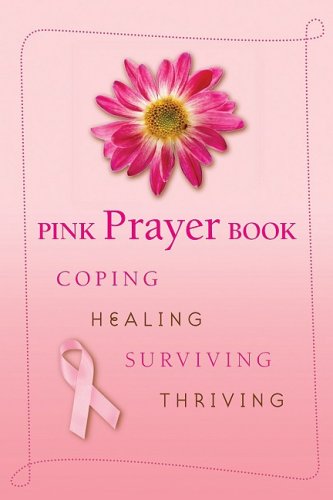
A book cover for Pink Prayer Book: Coping, Healing, Surviving, Thriving (English and English Edition); Health, Fitness & Dieting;